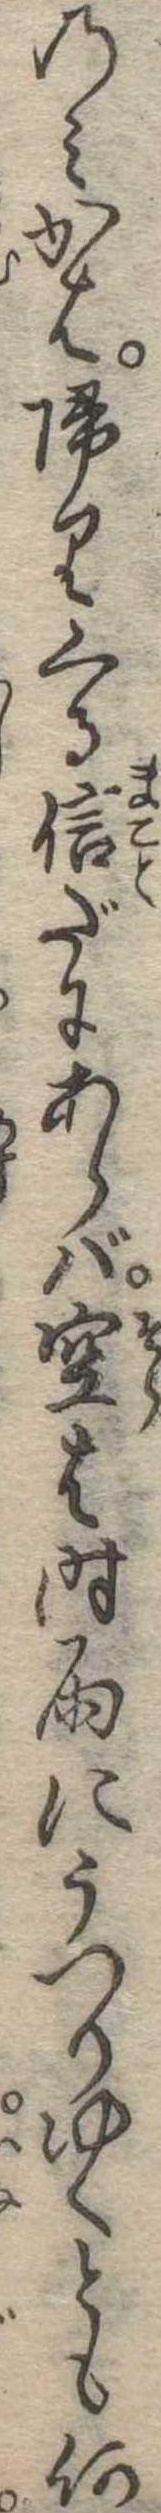
のみかは帰りくる信だにあらば空は時雨にうつりゆくとも何